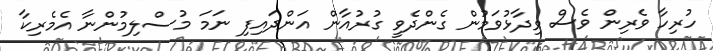
ހުރިހާ ވެރިން ވެސް ވިދާޅުވަމުން ގެންދެވީ ގުރުއާން އަންދައިފި ނަމަ މުސްލިމުންނާ އެމެރިކާ